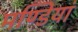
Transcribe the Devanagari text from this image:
मण्डियां